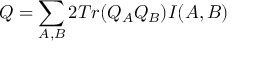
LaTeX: Q = \sum _ { A , B } 2 T r ( Q _ { A } Q _ { B } ) I ( A , B )